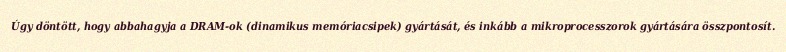
Úgy döntött, hogy abbahagyja a DRAM-ok (dinamikus memóriacsipek) gyártását, és inkább a mikroprocesszorok gyártására összpontosít.